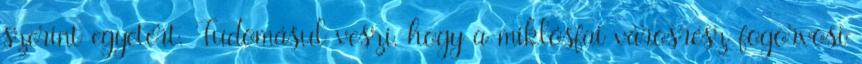
szerint egyetért. Tudomásul veszi, hogy a miklósfai városrész fogorvosi